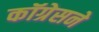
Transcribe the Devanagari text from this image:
कॉग्रेसने